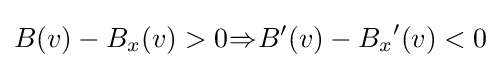
B(v)-{{B}_{x}}(v)>{{0}_{}}{{\Rightarrow }_{}}{B}'(v)-{{B}_{x}}^{\prime }(v)<0